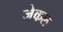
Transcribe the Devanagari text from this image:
जेकल